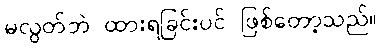
မလွတ်ဘဲ ထားရခြင်းပင် ဖြစ်တော့သည်။